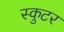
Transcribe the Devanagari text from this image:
स्कुटर